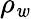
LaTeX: \rho_{\mathit{w}}